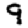
Digit: 9